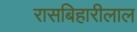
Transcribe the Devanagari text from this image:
रासबिहारीलाल